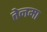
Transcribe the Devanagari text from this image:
तेनमा